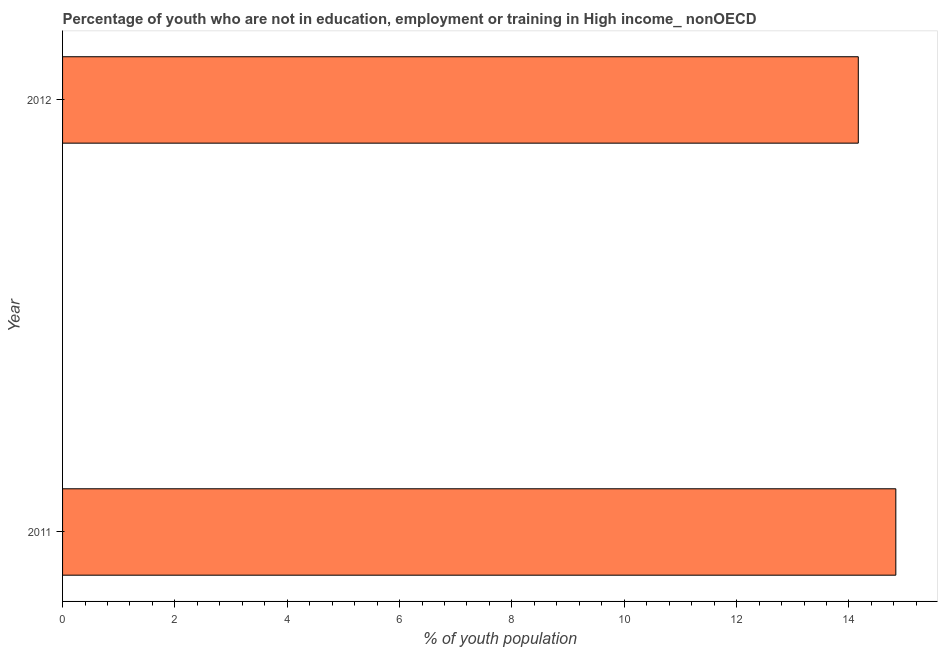
| Year | Unemployed youth |
 | --- | --- |
 | 2011 | 14.8 |
 | 2012 | 14.2 |